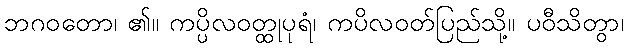
ဘဂဝတော၊ ၏။ ကပ္ပိလဝတ္ထုပုရံ၊ ကပိလဝတ်ပြည်သို့။ ပဝီသိတွာ၊